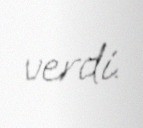
verdi.